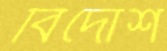
বিদোশ